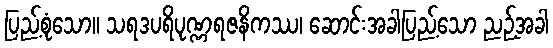
ပြည့်စုံသော။ သရဒပရိပုဏ္ဏရဇနိကဿ၊ ဆောင်းအခါပြည့်သော ညဉ့်အခါ